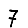
Digit: 7